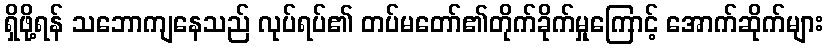
ရှိဖို့ရန် သဘောကျနေသည် လုပ်ရပ်၏ တပ်မတော်၏တိုက်ခိုက်မှုကြောင့် အောက်ဆိုက်များ